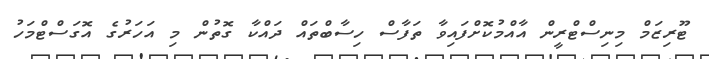
ޓޫރިޒަމް މިނިސްޓްރީން އާއްމުކޮށްފައިވާ ތަފާސް ހިސާބްތައް ދައްކާ ގޮތުން މި އަހަރުގެ އޮގަސްޓްމަހު